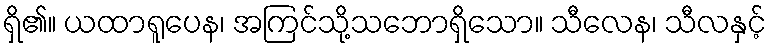
ရှိ၏။ ယထာရူပေန၊ အကြင်သို့သဘောရှိသော။ သီလေန၊ သီလနှင့်